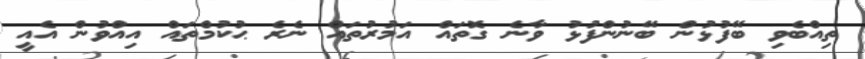
ތިއްބެވި ބޭފުޅުން ބޭނުންފުޅު ވާނެ ގޮތައް އަމުރުތައް ނެރެ ޙުކުމްތައް އިއްވުން އެއީ